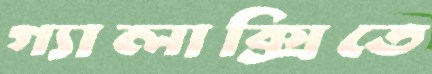
গ্যালাক্সিতে